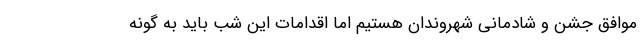
موافق جشن و شادمانی شهروندان هستیم اما اقدامات این شب باید به گونه